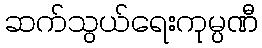
ဆက်သွယ်ရေးကုမ္ပဏီ